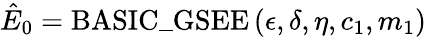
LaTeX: \hat{E}_{0}=\mathrm{BASIC\_ GSEE}\left(\epsilon,\delta,\eta,c_{1},m_{1}\right)